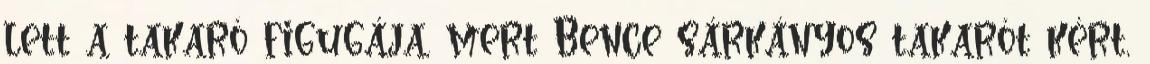
lett a takaró figugája, mert Bence sárkányos takarót kért,